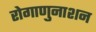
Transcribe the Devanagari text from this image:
रोगाणुनाशन